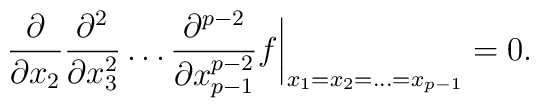
\frac{\partial}{\partial x_{2}}\frac{\partial^{2}}{\partial x_{3}^{2}}\dots  \frac{\partial^{p-2}}{\partial x_{p-1}^{p-2}}f  \biggr|_{x_1=x_2=\dots=x_{p-1}}=0.